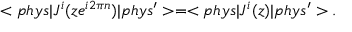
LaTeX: < p h y s | J ^ { i } ( z e ^ { i 2 \pi n } ) | p h y s ^ { \prime } > = < p h y s | J ^ { i } ( z ) | p h y s ^ { \prime } > .